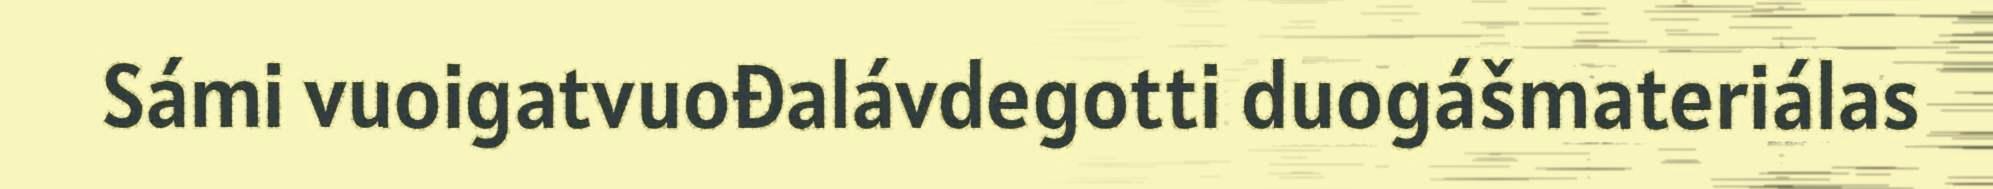
Sámi vuoigatvuođalávdegotti duogášmateriálas